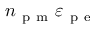
n _ { \mathrm { ~ p ~ m ~ } } \varepsilon _ { \mathrm { ~ p ~ e ~ } }